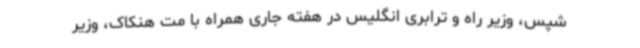
شپس، وزیر راه و ترابری انگلیس در هفته جاری همراه با مت هنکاک، وزیر